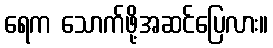
ရေက သောက်ဖို့အဆင်ပြေလား။